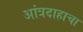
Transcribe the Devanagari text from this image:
आंत्रदाहाचा